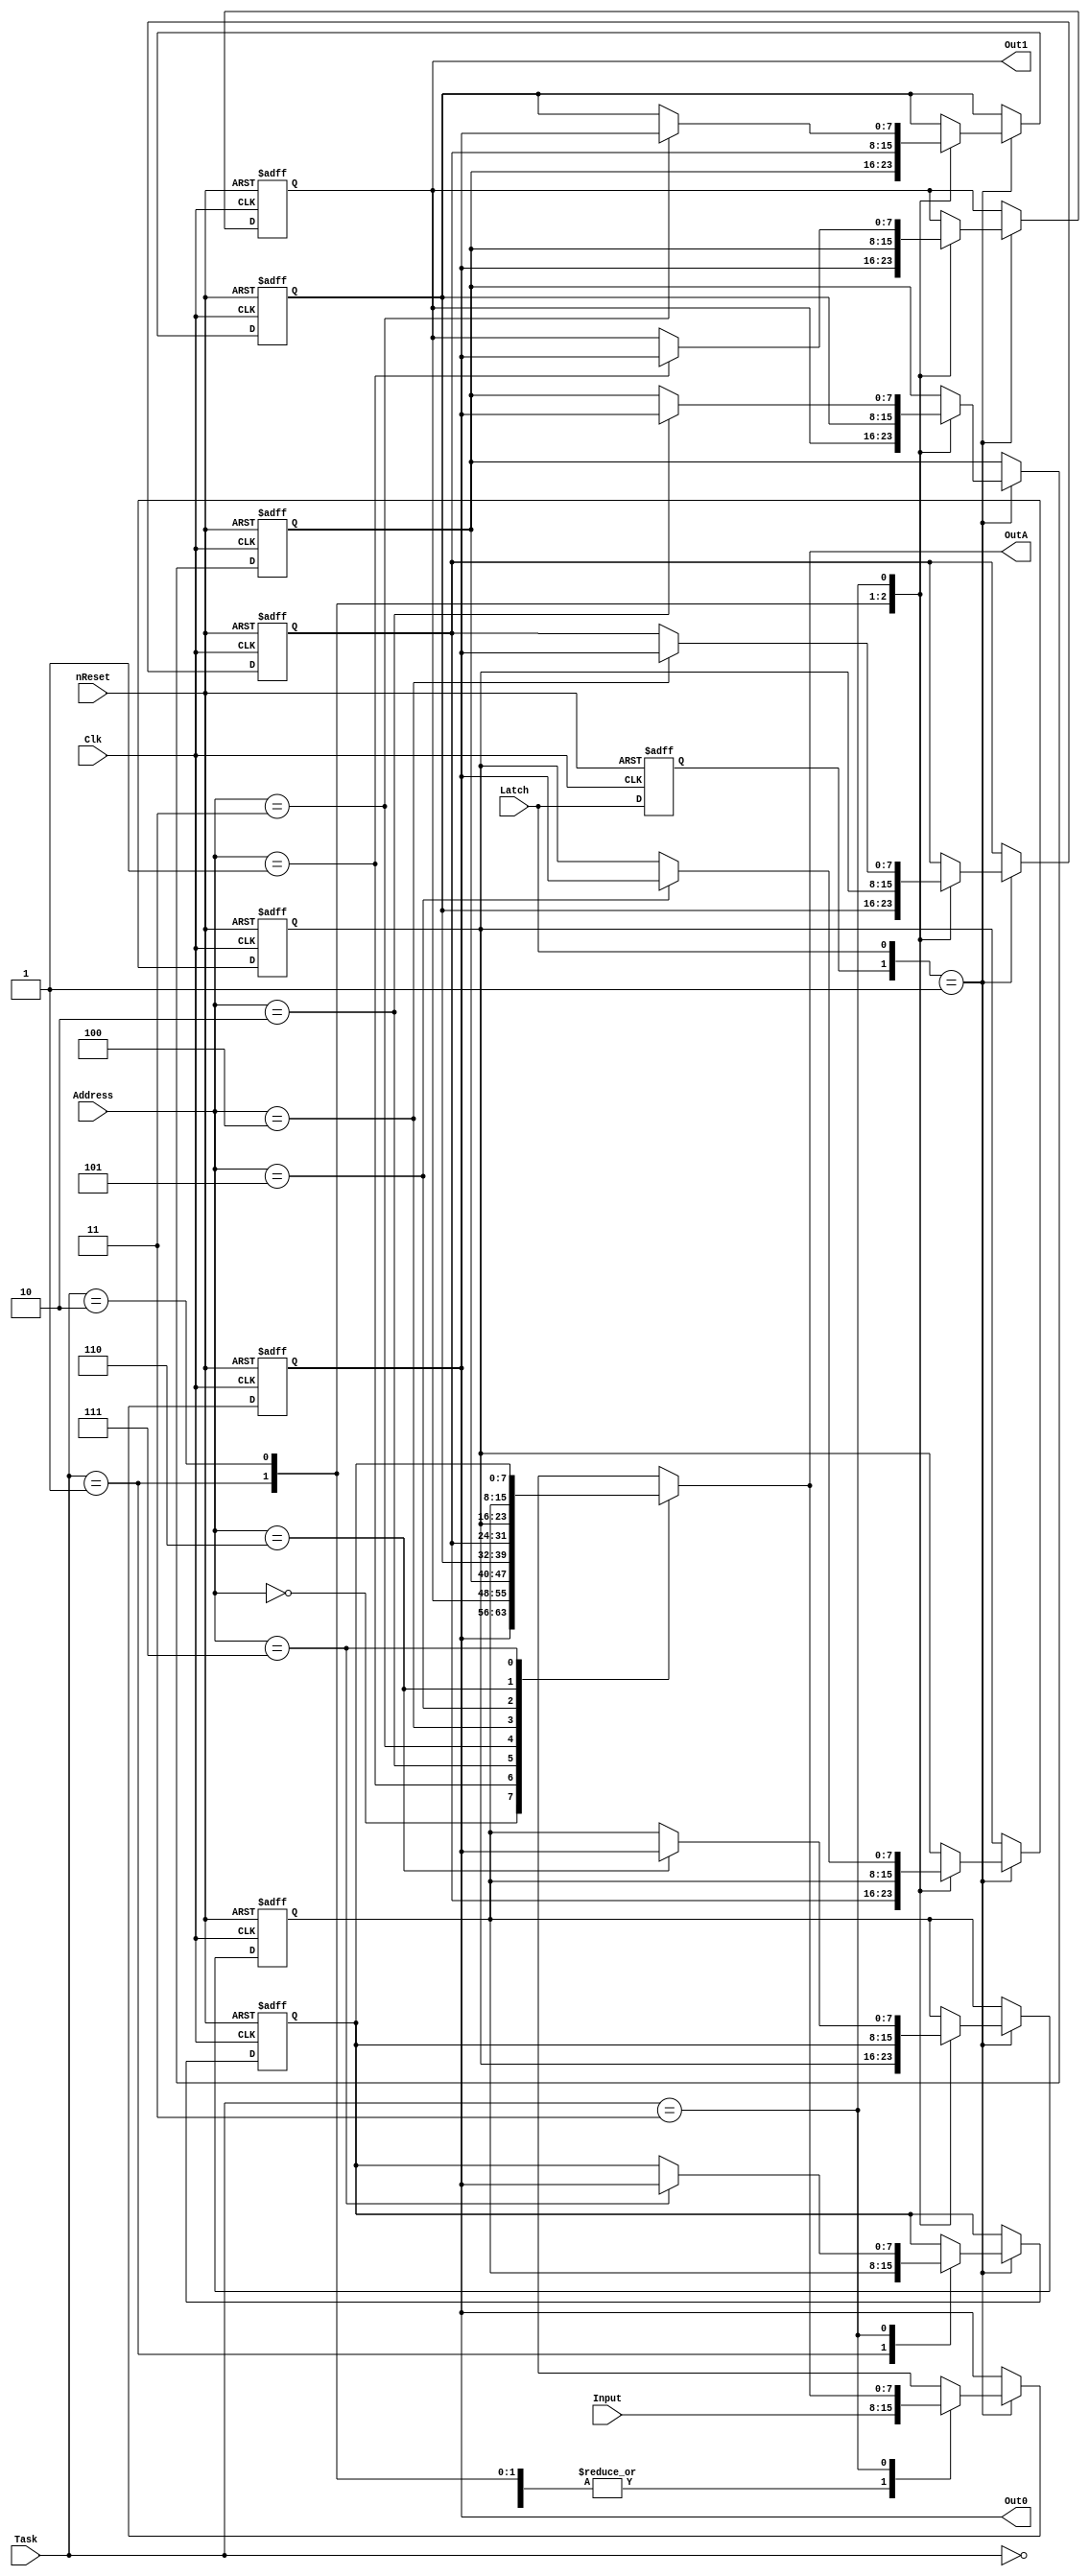
//==============================================================================
// Copyright (C) John-Philip Taylor
// jpt13653903@gmail.com
//
// This file is part of a library
//
// This file is free software: you can redistribute it and/or modify
// it under the terms of the GNU General Public License as published by
// the Free Software Foundation, either version 3 of the License, or
// (at your option) any later version.
// 
// This program is distributed in the hope that it will be useful,
// but WITHOUT ANY WARRANTY; without even the implied warranty of
// MERCHANTABILITY or FITNESS FOR A PARTICULAR PURPOSE.  See the
// GNU General Public License for more details.
// 
// You should have received a copy of the GNU General Public License
// along with this program.  If not, see <http://www.gnu.org/licenses/>
//==============================================================================

module CPU_Stack(
  input nReset,
  input Clk,

  input  [2:0]Address,
  input  [7:0]Input,
  output [7:0]Out0,
  output [7:0]Out1,
  output [7:0]OutA,

  input       Latch,
  input  [1:0]Task); // "00" = Store in s0
                     // "01" = Push onto stack
                     // "10" = Store is s1, then Pop Stack
                     // "11" = Swop s0 and sA

  reg [7:0]s[7:0];

  reg LPrev;
//------------------------------------------------------------------------------

  assign Out0 = s[0];
  assign Out1 = s[1];
  assign OutA = s[Address];

  always @(negedge nReset, negedge Clk) begin
    if(!nReset) begin
      s[0] <= 0;
      s[1] <= 0;
      s[2] <= 0;
      s[3] <= 0;
      s[4] <= 0;
      s[5] <= 0;
      s[6] <= 0;
      s[7] <= 0;

      LPrev <= 0;
   
    end else begin
      LPrev <= Latch;

      if({LPrev, Latch} == 2'b01) begin
        case(Task)
          2'b00: begin
            s[0] <= Input;
          end
     
          2'b01: begin
            s[1] <= s[0];
            s[2] <= s[1];
            s[3] <= s[2];
            s[4] <= s[3];
            s[5] <= s[4];
            s[6] <= s[5];
            s[7] <= s[6];
            s[0] <= Input;
          end
     
          2'b10: begin
            s[0] <= Input;
            s[1] <= s[2]; 
            s[2] <= s[3];
            s[3] <= s[4];
            s[4] <= s[5];
            s[5] <= s[6];
            s[6] <= s[7];
          end
     
          2'b11: begin
            s[Address] <= s[0];
            s[      0] <= s[Address];
          end
     
          default:;
        endcase
      end
    end
  end
endmodule